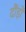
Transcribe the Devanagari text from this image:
दौंड़ों